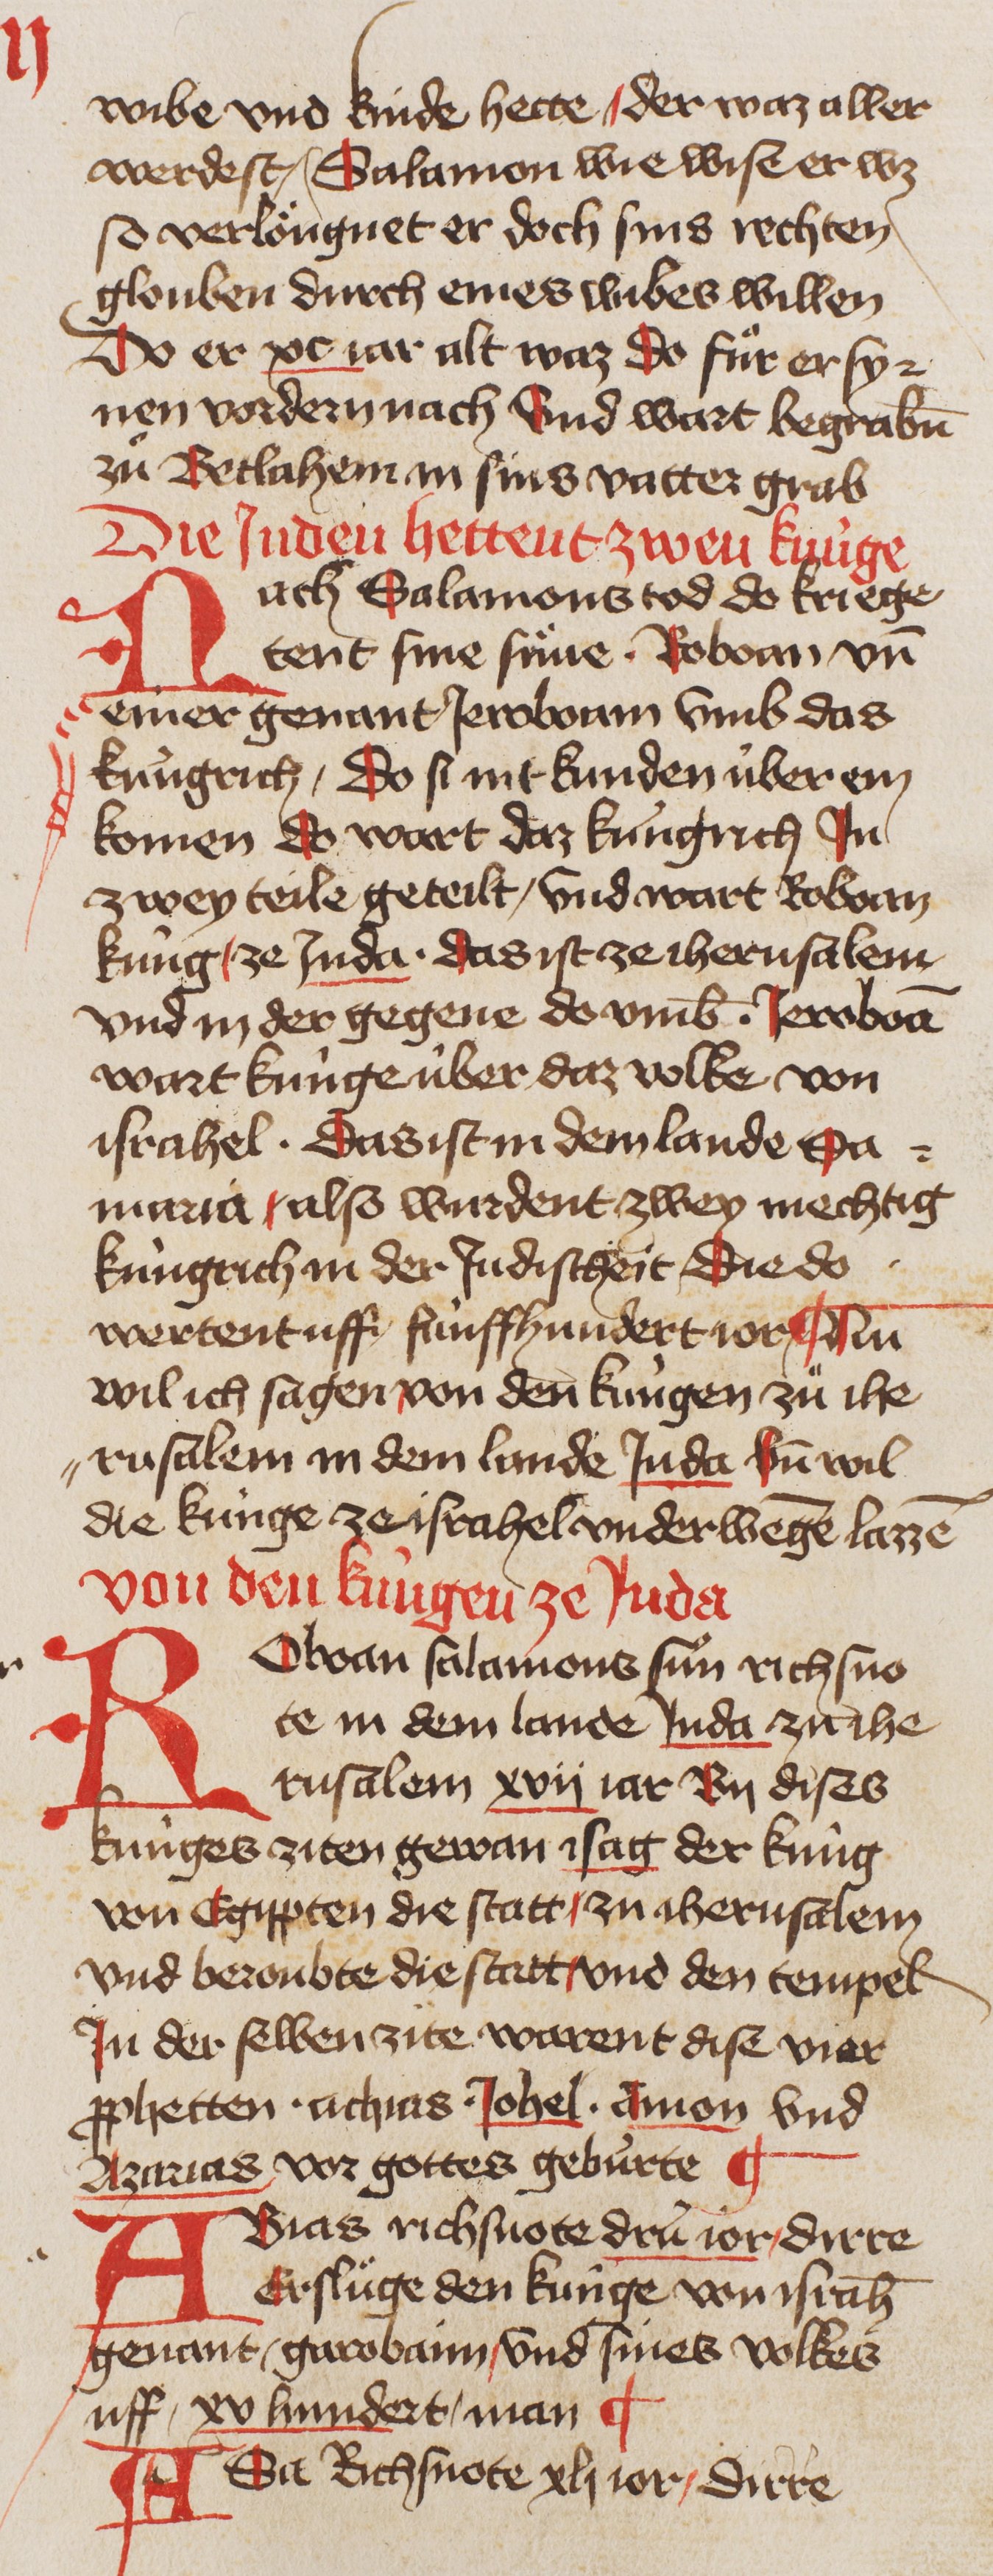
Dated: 1400–1449